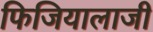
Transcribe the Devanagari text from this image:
फिजियालाजी